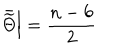
\left. \bar { \widetilde { \Theta } } \right| = \frac { n - 6 } { 2 }